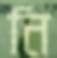
নি